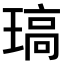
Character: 𤧼